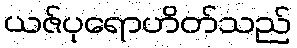
ယဇ်ပုရောဟိတ်သည်